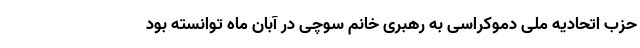
حزب اتحادیه ملی دموکراسی به رهبری خانم سوچی در آبان ماه توانسته بود